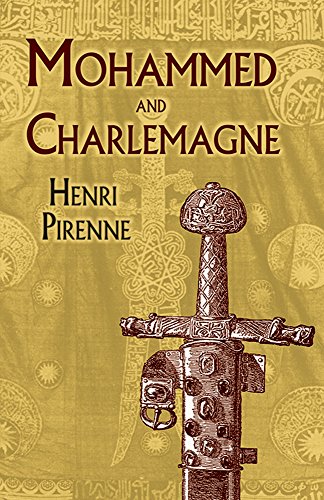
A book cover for Mohammed and Charlemagne; Henri Pirenne; Religion & Spirituality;